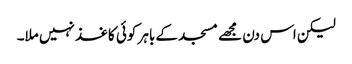
لیکن اس دن مجھے مسجد کے باہر کوئی کاغذ نہیں ملا۔